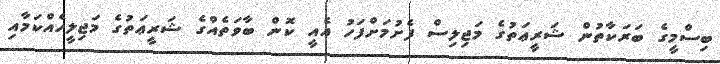
ބިސްމީގެ ބަރަކާތުން ޝަރީޢަތުގެ މަޖިލިސް ފެށުމަށްފަހު އެއީ ކޮން ބާވަތެއްގެ ޝަރީޢަތުގެ މަޖިލީހެއްކަމާއި